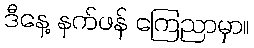
ဒီနေ့ နက်ဖန် ကြေညာမှာ။